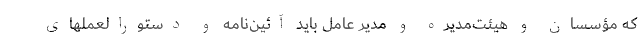
که مؤسسان و هیئت‌مدیره و مدیر عامل باید آئین‌نامه و دستورالعملهای